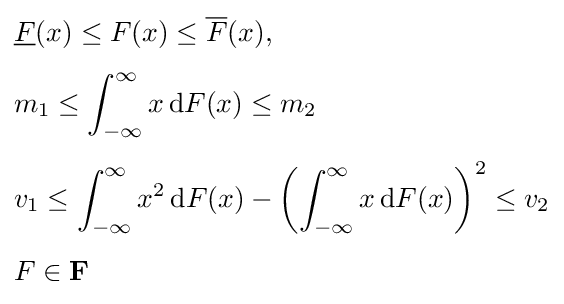
{\begin{aligned}&{\underline {F}}(x)\leq F(x)\leq {\overline {F}}(x),\\[4pt]&m_{1}\leq \int _{-\infty }^{\infty }x\,\mathrm {d} F(x)\leq m_{2}\\[4pt]&v_{1}\leq \int _{-\infty }^{\infty }x^{2}\,\mathrm {d} F(x)-\left(\int _{-\infty }^{\infty }x\,\mathrm {d} F(x)\right)^{2}\leq v_{2}\\[4pt]&F\in \mathbf {F} \end{aligned}}